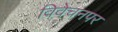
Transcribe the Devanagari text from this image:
विवेचनपर